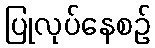
ပြုလုပ်နေစဉ်